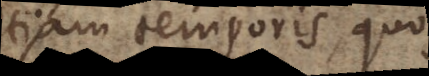
etiam temporis, quo